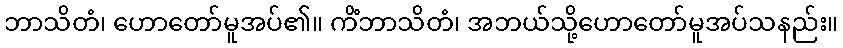
ဘာသိတံ၊ ဟောတော်မူအပ်၏။ ကိံဘာသိတံ၊ အဘယ်သို့ဟောတော်မူအပ်သနည်း။